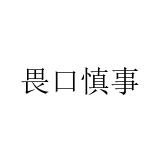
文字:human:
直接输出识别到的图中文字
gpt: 畏口慎事